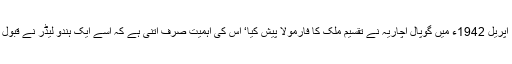
18 اپریل 1942ء میں گوپال اچاریہ نے تقسیم ملک کا فارمولا پیش کیا‘ اس کی اہمیت صرف اتنی ہے کہ اسے ایک ہندو لیڈر نے قبول کیا۔